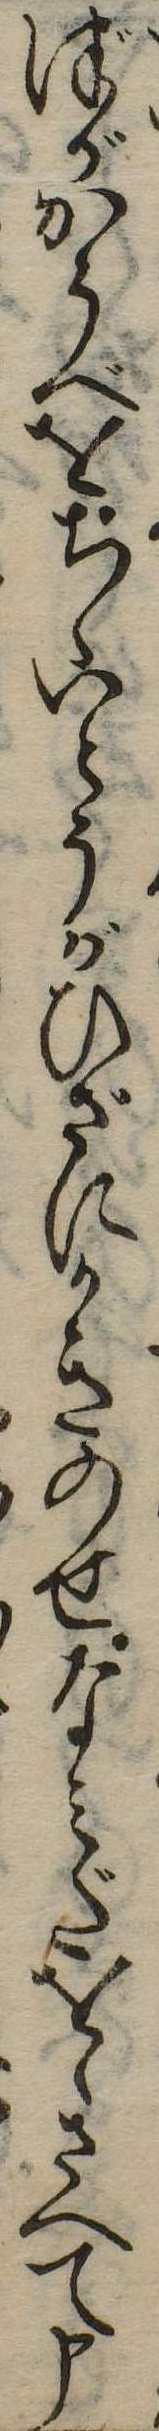
づがかうべをちゝいとうがひざにかきのせなみだをゝさへて申